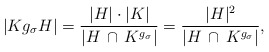
\begin{align*}\vert K g_\sigma H\vert = \frac{\vert H\vert\cdot \vert K\vert}{\vert H \,\cap\, K^{g_\sigma}\vert} = \frac{\vert H\vert^2}{\vert H \,\cap\, K^{g_\sigma}\vert},\end{align*}